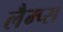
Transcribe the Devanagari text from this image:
लैम्प्स